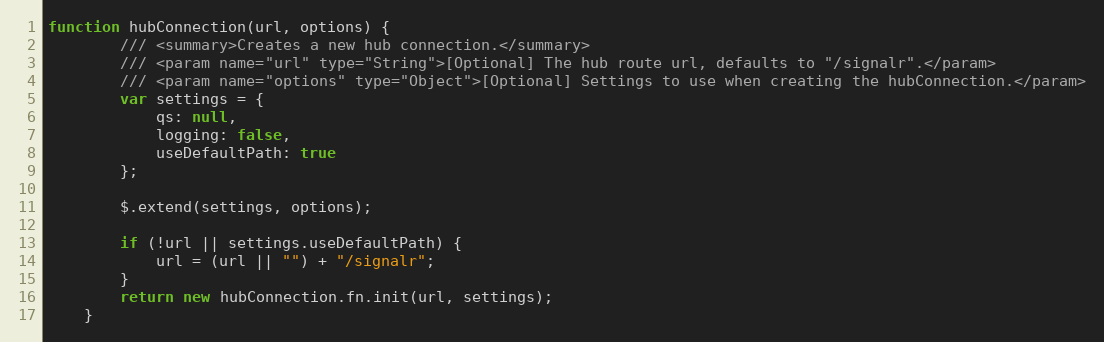
Language: JavaScript
function hubConnection(url, options) {
        /// <summary>Creates a new hub connection.</summary>
        /// <param name="url" type="String">[Optional] The hub route url, defaults to "/signalr".</param>
        /// <param name="options" type="Object">[Optional] Settings to use when creating the hubConnection.</param>
        var settings = {
            qs: null,
            logging: false,
            useDefaultPath: true
        };

        $.extend(settings, options);

        if (!url || settings.useDefaultPath) {
            url = (url || "") + "/signalr";
        }
        return new hubConnection.fn.init(url, settings);
    }